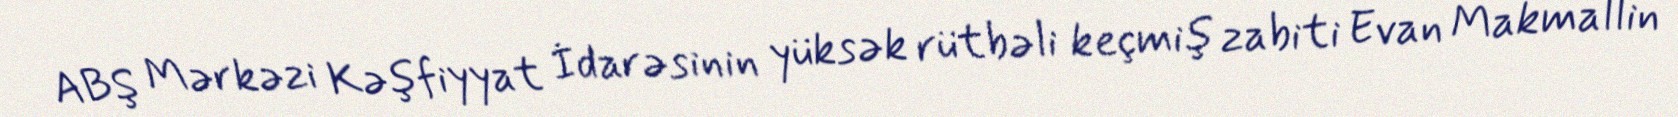
ABŞ Mərkəzi Kəşfiyyat İdarəsinin yüksək rütbəli keçmiş zabiti Evan Makmallin